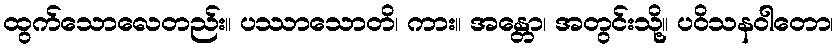
ထွက်သောလေတည်း။ ပဿာသောတိ၊ ကား။ အန္တော၊ အတွင်းသို့။ ပဝိသနဝါတော၊